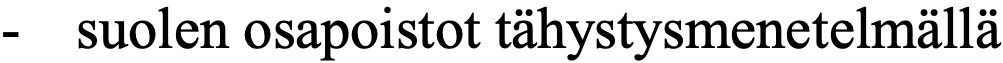
-  suolen osapoistot tähystysmenetelmällä